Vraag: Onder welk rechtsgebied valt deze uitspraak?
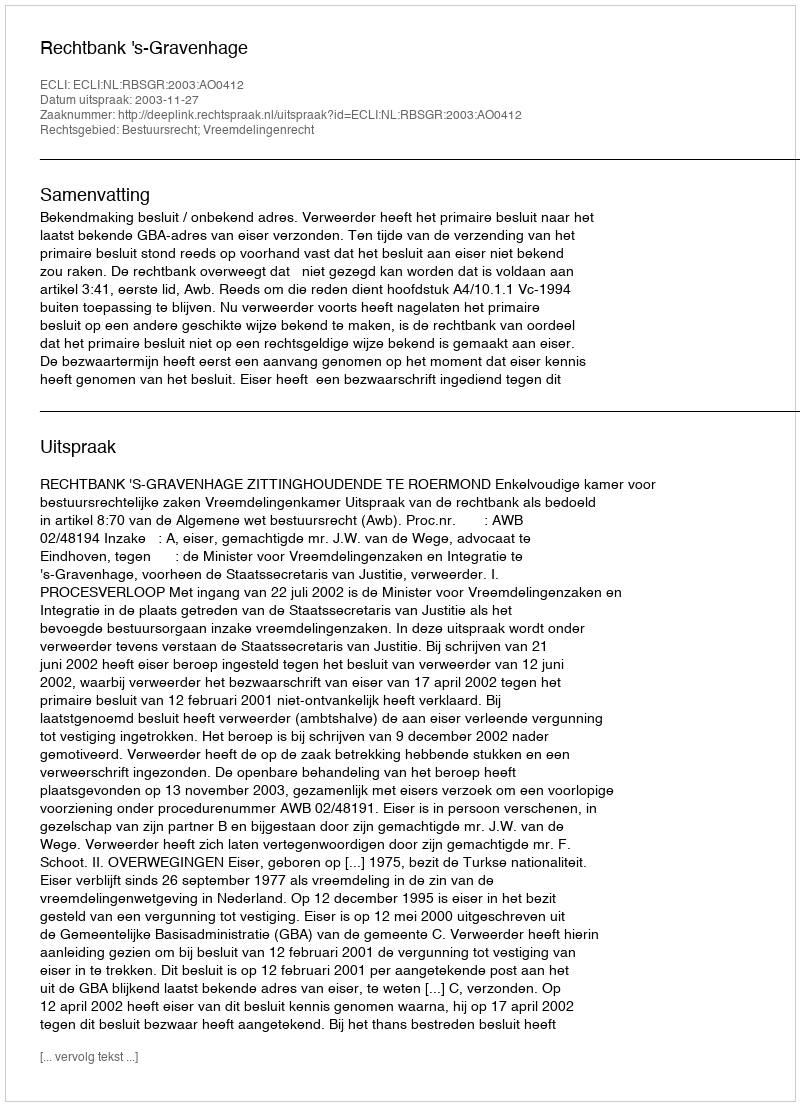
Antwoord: Bestuursrecht; Vreemdelingenrecht